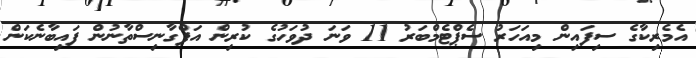
އެމެރިކާގެ ސިފައިން މިއަހަރު ސެޕްޓެމްބަރު 11 ވަނަ ދުވަހުގެ ކުރިން އަފްގާނިސްތާނުން ފައިބާނެކަން